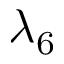
\lambda _ { 6 }